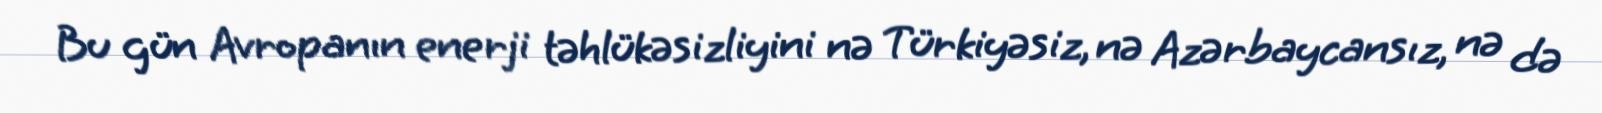
Bu gün Avropanın enerji təhlükəsizliyini nə Türkiyəsiz, nə Azərbaycansız, nə də